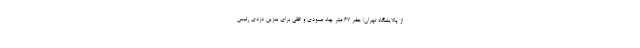
از پالایشگاه تهران/ حفر ۶۷ متر چاه عمودی و افقی برای بنزین دزدی رئیس